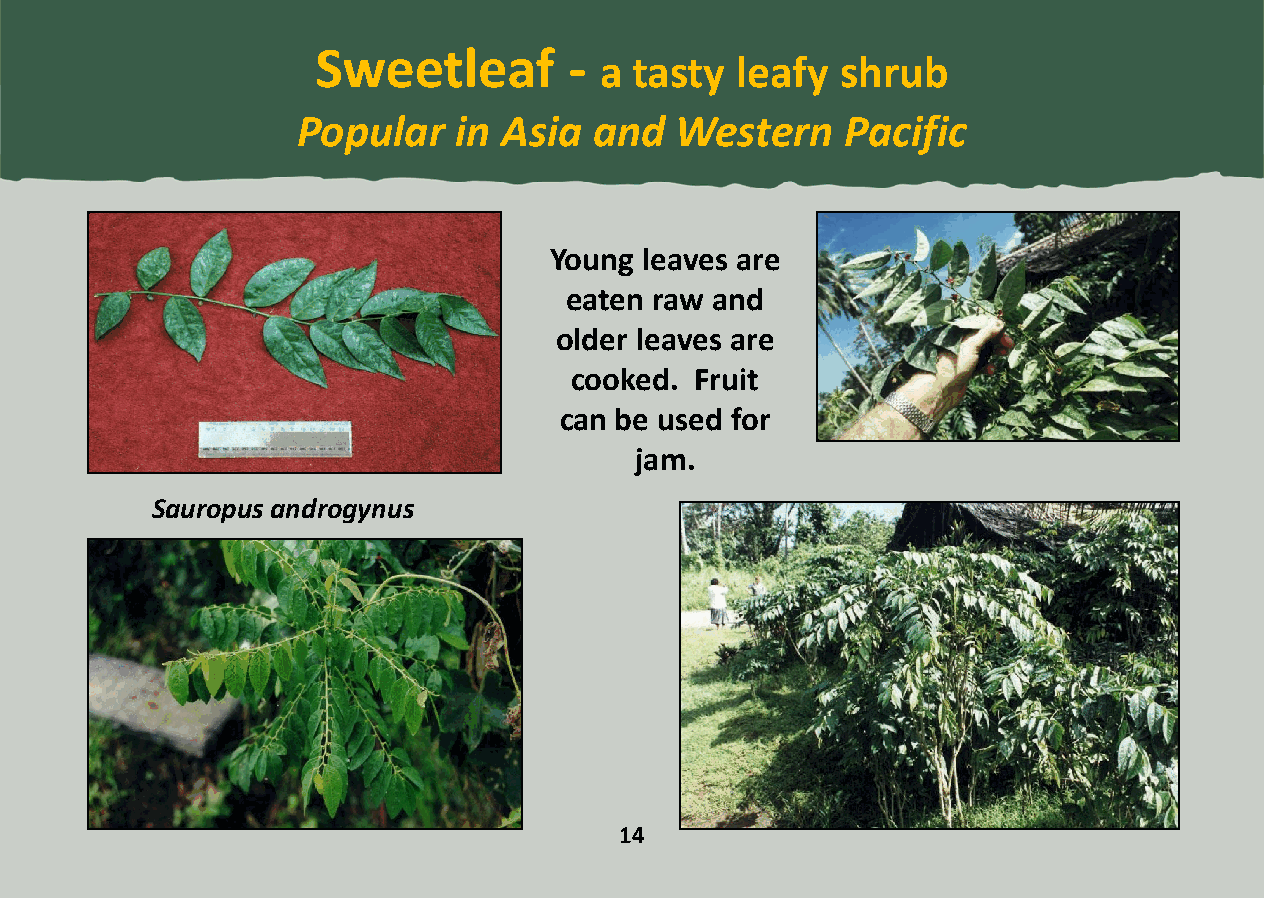
Sweetleaf        -
 a tasty  leafy  shrub
 Popular   in Asia  and   Western    Pacific
 Young  leaves are
 eaten raw and
 older leaves are
 cooked. Fruit
 can be used for
 jam.
 Sauropus androgynus
 14